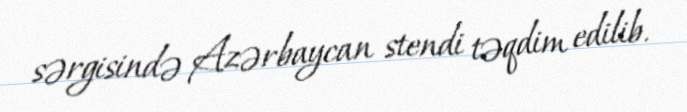
sərgisində Azərbaycan stendi təqdim edilib.